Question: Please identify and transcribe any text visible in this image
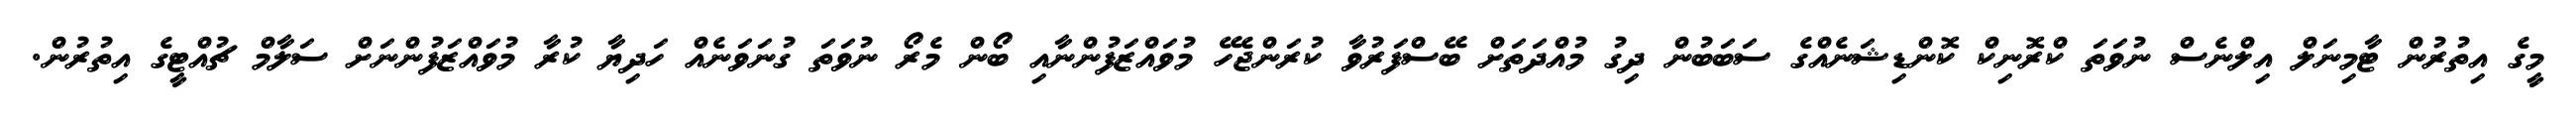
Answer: މީގެ އިތުރުން ޓާމިނަލް އިލްނެސް ނުވަތަ ކްރޮނިކް ކޮންޑިޝަނެއްގެ ސަބަބުން ދިގު މުއްދަތަށް ބޭސްފަރުވާ ކުރަންޖެހޭ މުވައްޒަފުންނާއި ބޯން މެރޯ ނުވަތަ ގުނަވަނެއް ހަދިޔާ ކުރާ މުވައްޒަފުންނަށް ސަލާމް ޗުއްޓީގެ އިތުރުން.